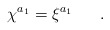
\begin{align*}\chi^{a_1}=\xi^{a_1}\ \ \ \ \ .\end{align*}